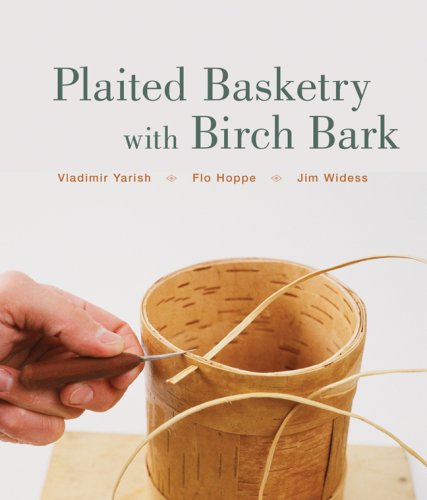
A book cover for Plaited Basketry with Birch Bark; Vladimir Yarish; Crafts, Hobbies & Home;